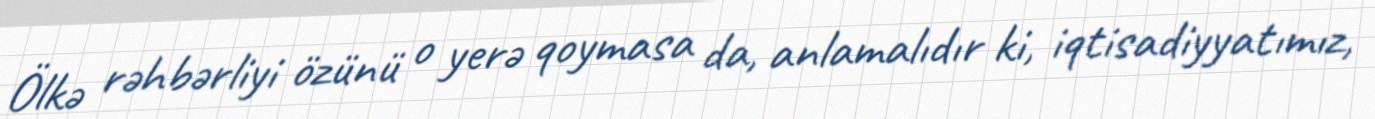
Ölkə rəhbərliyi özünü o yerə qoymasa da, anlamalıdır ki, iqtisadiyyatımız,